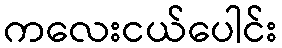
ကလေးငယ်ပေါင်း